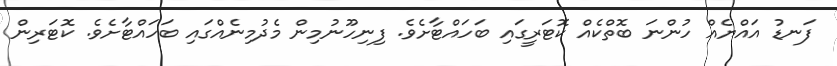
ފަނޑު އައްޔެއް ހުންނަ ބޮތްކެއް ކޮޓަރީގައި ބަހައްޓާށެވެ. ފިނިހޫނުމިން މެދުމިނެއްގައި ބަހައްޓާށެވެ. ކޮޓަރިން